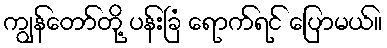
ကျွန်တော်တို့ ပန်းခြံ ရောက်ရင် ပြောမယ်။